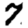
Digit: 7